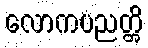
လောကပညတ္တိ